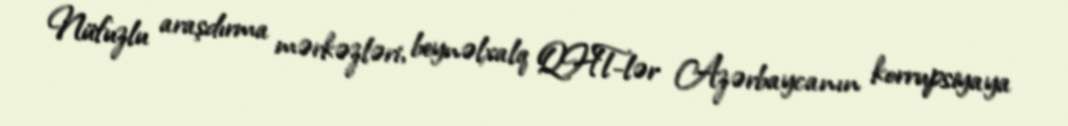
Nüfuzlu araşdırma mərkəzləri, beynəlxalq QHT-lər Azərbaycanın korrupsiyaya